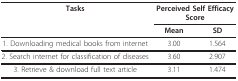
<table><thead><tr><td><b>Tasks</b></td><td colspan="2"><b>Perceived Self Efficacy Score</b></td></tr><tr><td></td><td><b>Mean</b></td><td><b>SD</b></td></tr></thead><tbody><tr><td>1. Downloading medical books from internet</td><td>3.00</td><td>1.564</td></tr><tr><td>2. Search internet for classification of diseases</td><td>3.60</td><td>2.907</td></tr><tr><td>3. Retrieve &amp; download full text article</td><td>3.11</td><td>1.474</td></tr></tbody></table>